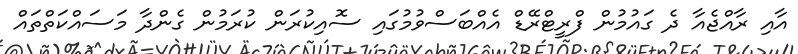
އާއި ރާއްޖެއާ ދެ ގައުމުން ފްރީޓްރޭޑް އެއްބަސްވުމުގައި ސޮއިކުރަން ކުރަމުން ގެންދާ މަސައްކަތްތައް